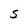
Character: S